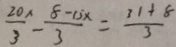
\frac { 2 0 x } { 3 } - \frac { 8 - 1 5 x } { 3 } = \frac { 3 1 + 8 } { 3 }